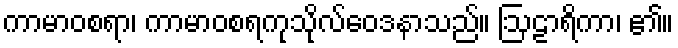
ကာမာဝစရာ၊ ကာမာဝစရကုသိုလ်ဝေဒနာသည်။ ဩဠာရိကာ၊ ၏။